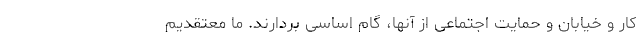
کار و خیابان و حمایت اجتماعی از آنها، گام اساسی بردارند. ما معتقدیم